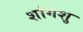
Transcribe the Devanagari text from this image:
शांगशु